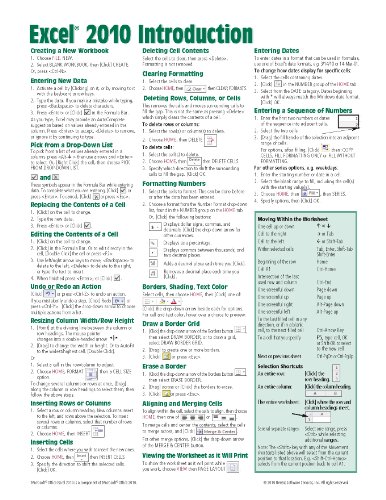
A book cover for Microsoft Excel 2010 Introduction Quick Reference Guide (Cheat Sheet of Instructions, Tips & Shortcuts - Laminated Card); Beezix Inc; Computers & Technology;